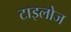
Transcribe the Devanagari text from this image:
टाइलोज